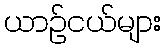
ယာဉ်ငယ်များ